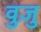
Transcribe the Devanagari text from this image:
वुज़ु